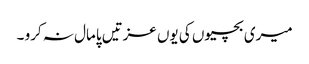
میری بچیوں کی یوں عزتیں پامال نہ کرو ۔